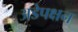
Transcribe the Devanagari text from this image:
अडेपक्षन